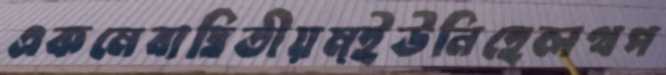
একমেবাদ্বিতীয়ম্ইউনিহেলথপ